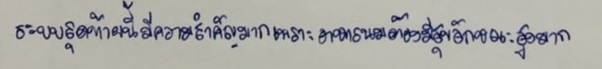
ระบบสุดท้ายนี้มีความสำคัญมากเพราะอาหารนมต้องมีสุขลักษณะสูงมาก